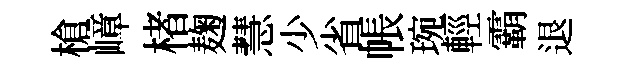
槍嶂楮麹慧少省帳琬輕霸退